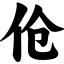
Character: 伧